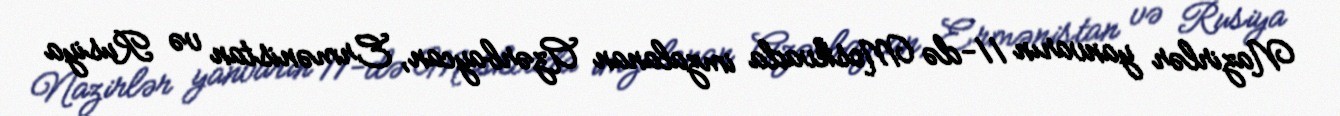
Nazirlər yanvarın 11-də Moskvada imzalanan Azərbaycan, Ermənistan və Rusiya